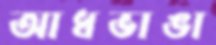
আধভাঙা